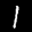
Label: 1